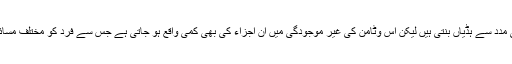
کیلشیم اور فاسفورس کی مدد سے ہڈیاں بنتی ہیں لیکن اس وٹامن کی غیر موجودگی میں ان اجزاء کی بھی کمی واقع ہو جاتی ہے جس سے فرد کو مختلف مسائل درپیش ہو سکتے ہیں۔